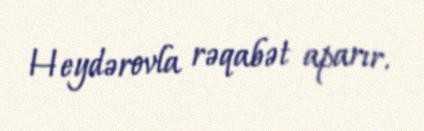
Heydərovla rəqabət aparır.